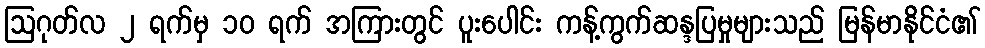
ဩဂုတ်လ ၂ ရက်မှ ၁၀ ရက် အကြားတွင် ပူးပေါင်း ကန့်ကွက်ဆန္ဒပြမှုများသည် မြန်မာနိုင်ငံ၏